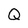
Character: Q